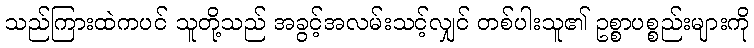
သည်ကြားထဲကပင် သူတို့သည် အခွင့်အလမ်းသင့်လျှင် တစ်ပါးသူ၏ ဥစ္စာပစ္စည်းများကို